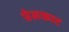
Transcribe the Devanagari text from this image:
प्रेसकाट